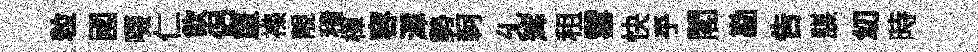
粒國啜仁飲侶單襍靚積楎容渾勢軻𠃔辉租雪快乎閣勘告謀㓜時